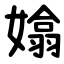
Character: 嬆